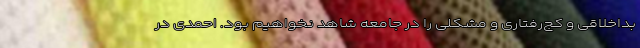
بداخلاقی و کج‌رفتاری و مشکلی را در جامعه شاهد نخواهیم بود. احمدی در